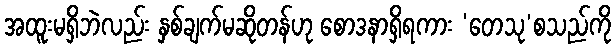
အထူးမရှိဘဲလည်း နှစ်ချက်မဆိုတန်ဟု စောဒနာရှိရကား ‘တေသု’စသည်ကို